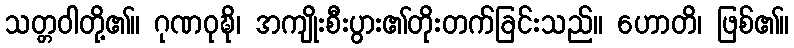
သတ္တဝါတို့၏။ ဂုဏဝုဍ္ဎိ၊ အကျိုးစီးပွား၏တိုးတက်ခြင်းသည်။ ဟောတိ၊ ဖြစ်၏။